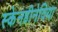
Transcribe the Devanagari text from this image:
स्केनडीनेविया